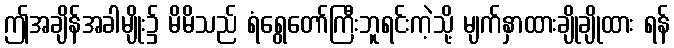
ဤအချိန်အခါမျိုး၌ မိမိသည် ရံရွေတော်ကြီးဘူရင်းကဲ့သို့ မျက်နှာထားချိုချိုထား ရန်